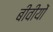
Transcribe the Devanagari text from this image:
बीवीयों